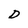
Character: D